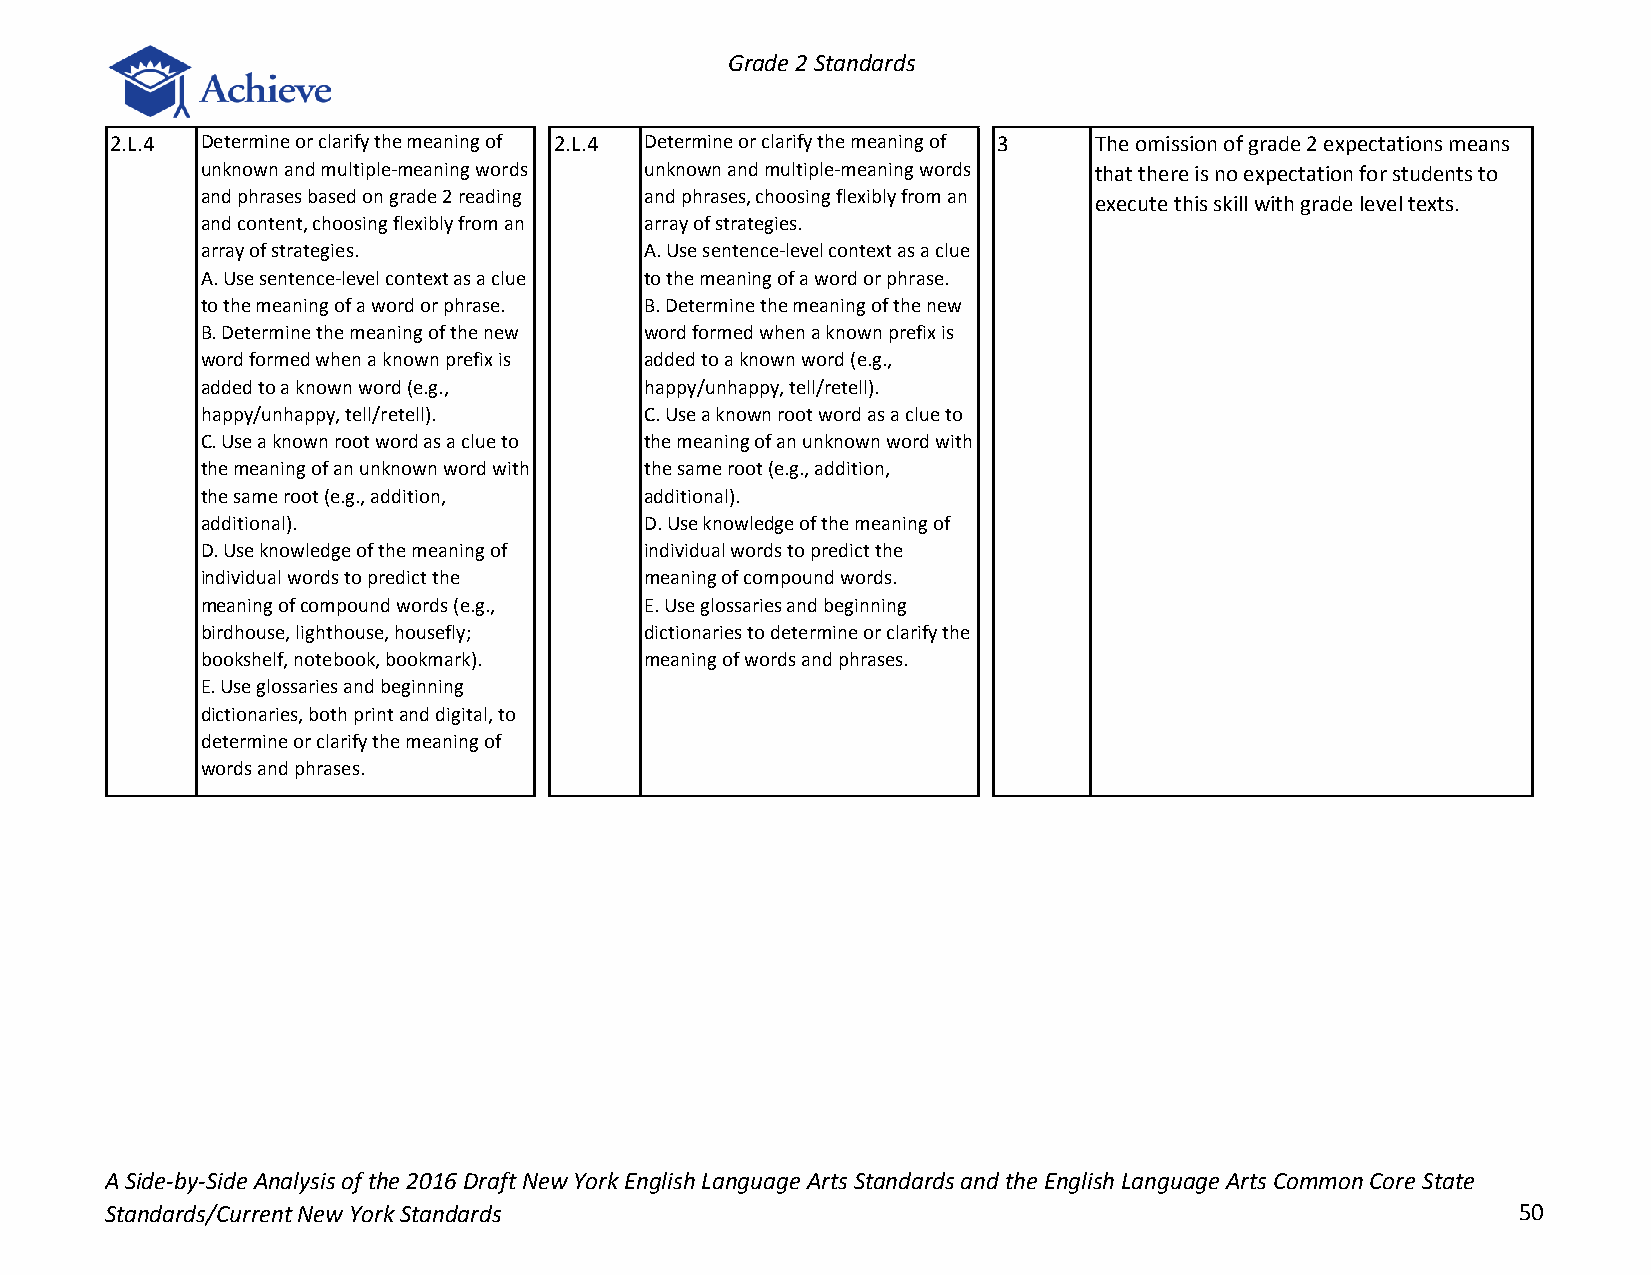
Grade 2 Standards
 2.L.4 Determine or clarify the meaning of 2.L.4 Determine or clarify the meaning of 3 The omission of grade 2 expectations means
 unknown and multiple-meaning words unknown and multiple-meaning words that there is no expectation for students to
 and phrases based on grade 2 reading and phrases, choosing flexibly from an
 execute this skill with grade level texts.
 and content, choosing flexibly from an array of strategies.
 array of strategies.          A. Use sentence-level context as a clue
 A. Use sentence-level context as a clue to the meaning of a word or phrase.
 to the meaning of a word or phrase. B. Determine the meaning of the new
 B. Determine the meaning of the new word formed when a known prefix is
 word formed when a known prefix is added to a known word (e.g.,
 added to a known word (e.g.,  happy/unhappy, tell/retell).
 happy/unhappy, tell/retell).  C. Use a known root word as a clue to
 C. Use a known root word as a clue to the meaning of an unknown word with
 the meaning of an unknown word with the same root (e.g., addition,
 the same root (e.g., addition, additional).
 additional).                  D. Use knowledge of the meaning of
 D. Use knowledge of the meaning of individual words to predict the
 individual words to predict the meaning of compound words.
 meaning of compound words (e.g., E. Use glossaries and beginning
 birdhouse, lighthouse, housefly; dictionaries to determine or clarify the
 bookshelf, notebook, bookmark). meaning of words and phrases.
 E. Use glossaries and beginning
 dictionaries, both print and digital, to
 determine or clarify the meaning of
 words and phrases.
 A Side-by-Side Analysis of the 2016 Draft New York English Language Arts Standards and the English Language Arts Common Core State
 Standards/Current New York Standards                                                         50